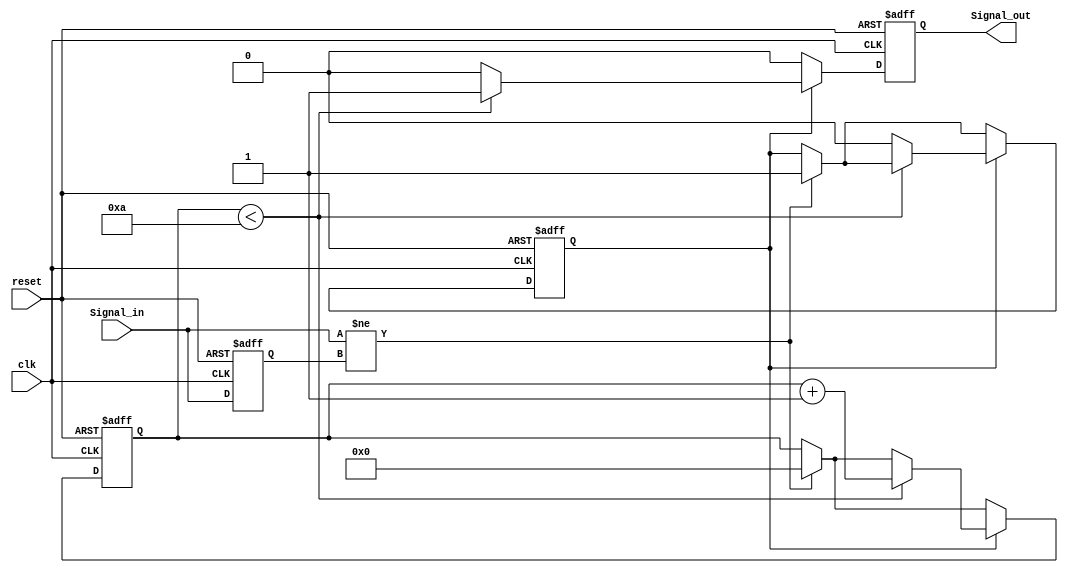
module MonostableEdgeDetector (
    input wire clk,               // Clock signal
    input wire reset,             // Asynchronous reset
    input wire Signal_in,         // Input signal to detect edges
    output reg Signal_out         // Output pulse signal
);

    // Parameters
    parameter PULSE_WIDTH = 10;   // Pulse width in clock cycles

    // State variables
    reg Signal_in_prev;            // Previous state of Signal_in
    reg [3:0] pulse_counter;       // Counter for pulse width
    reg pulse_active;              // Indicates if pulse is active

    // Edge detection logic
    always @(posedge clk or posedge reset) begin
        if (reset) begin
            Signal_in_prev <= 1'b0;
            Signal_out <= 1'b0;
            pulse_counter <= 4'b0000;
            pulse_active <= 1'b0;
        end else begin
            // Detect rising or falling edge
            if (Signal_in != Signal_in_prev) begin
                pulse_active <= 1'b1; // Edge detected
                pulse_counter <= 4'b0000; // Reset pulse counter
            end
            
            // Update previous state
            Signal_in_prev <= Signal_in;

            // Pulse generation logic
            if (pulse_active) begin
                if (pulse_counter < PULSE_WIDTH) begin
                    Signal_out <= 1'b1; // Keep output high
                    pulse_counter <= pulse_counter + 1; // Increment counter
                end else begin
                    Signal_out <= 1'b0; // End pulse after specified width
                    pulse_active <= 1'b0; // Reset pulse active flag
                end
            end else begin
                Signal_out <= 1'b0; // Ensure output is low when not active
            end
        end
    end

endmodule